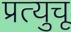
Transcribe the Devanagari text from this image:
प्रत्युचू